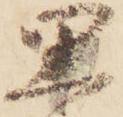
思